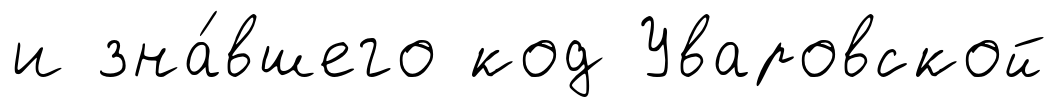
и зна́вшего код Уваровской